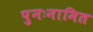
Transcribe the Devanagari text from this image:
पुनःनामित